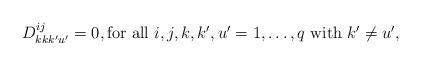
LaTeX: \begin{align*} D^{ij}_{kk k'u' }=0 , \mbox{for all $i,j,k,k',u'=1,\dots,q$ with $k'\neq u'$,} \end{align*}